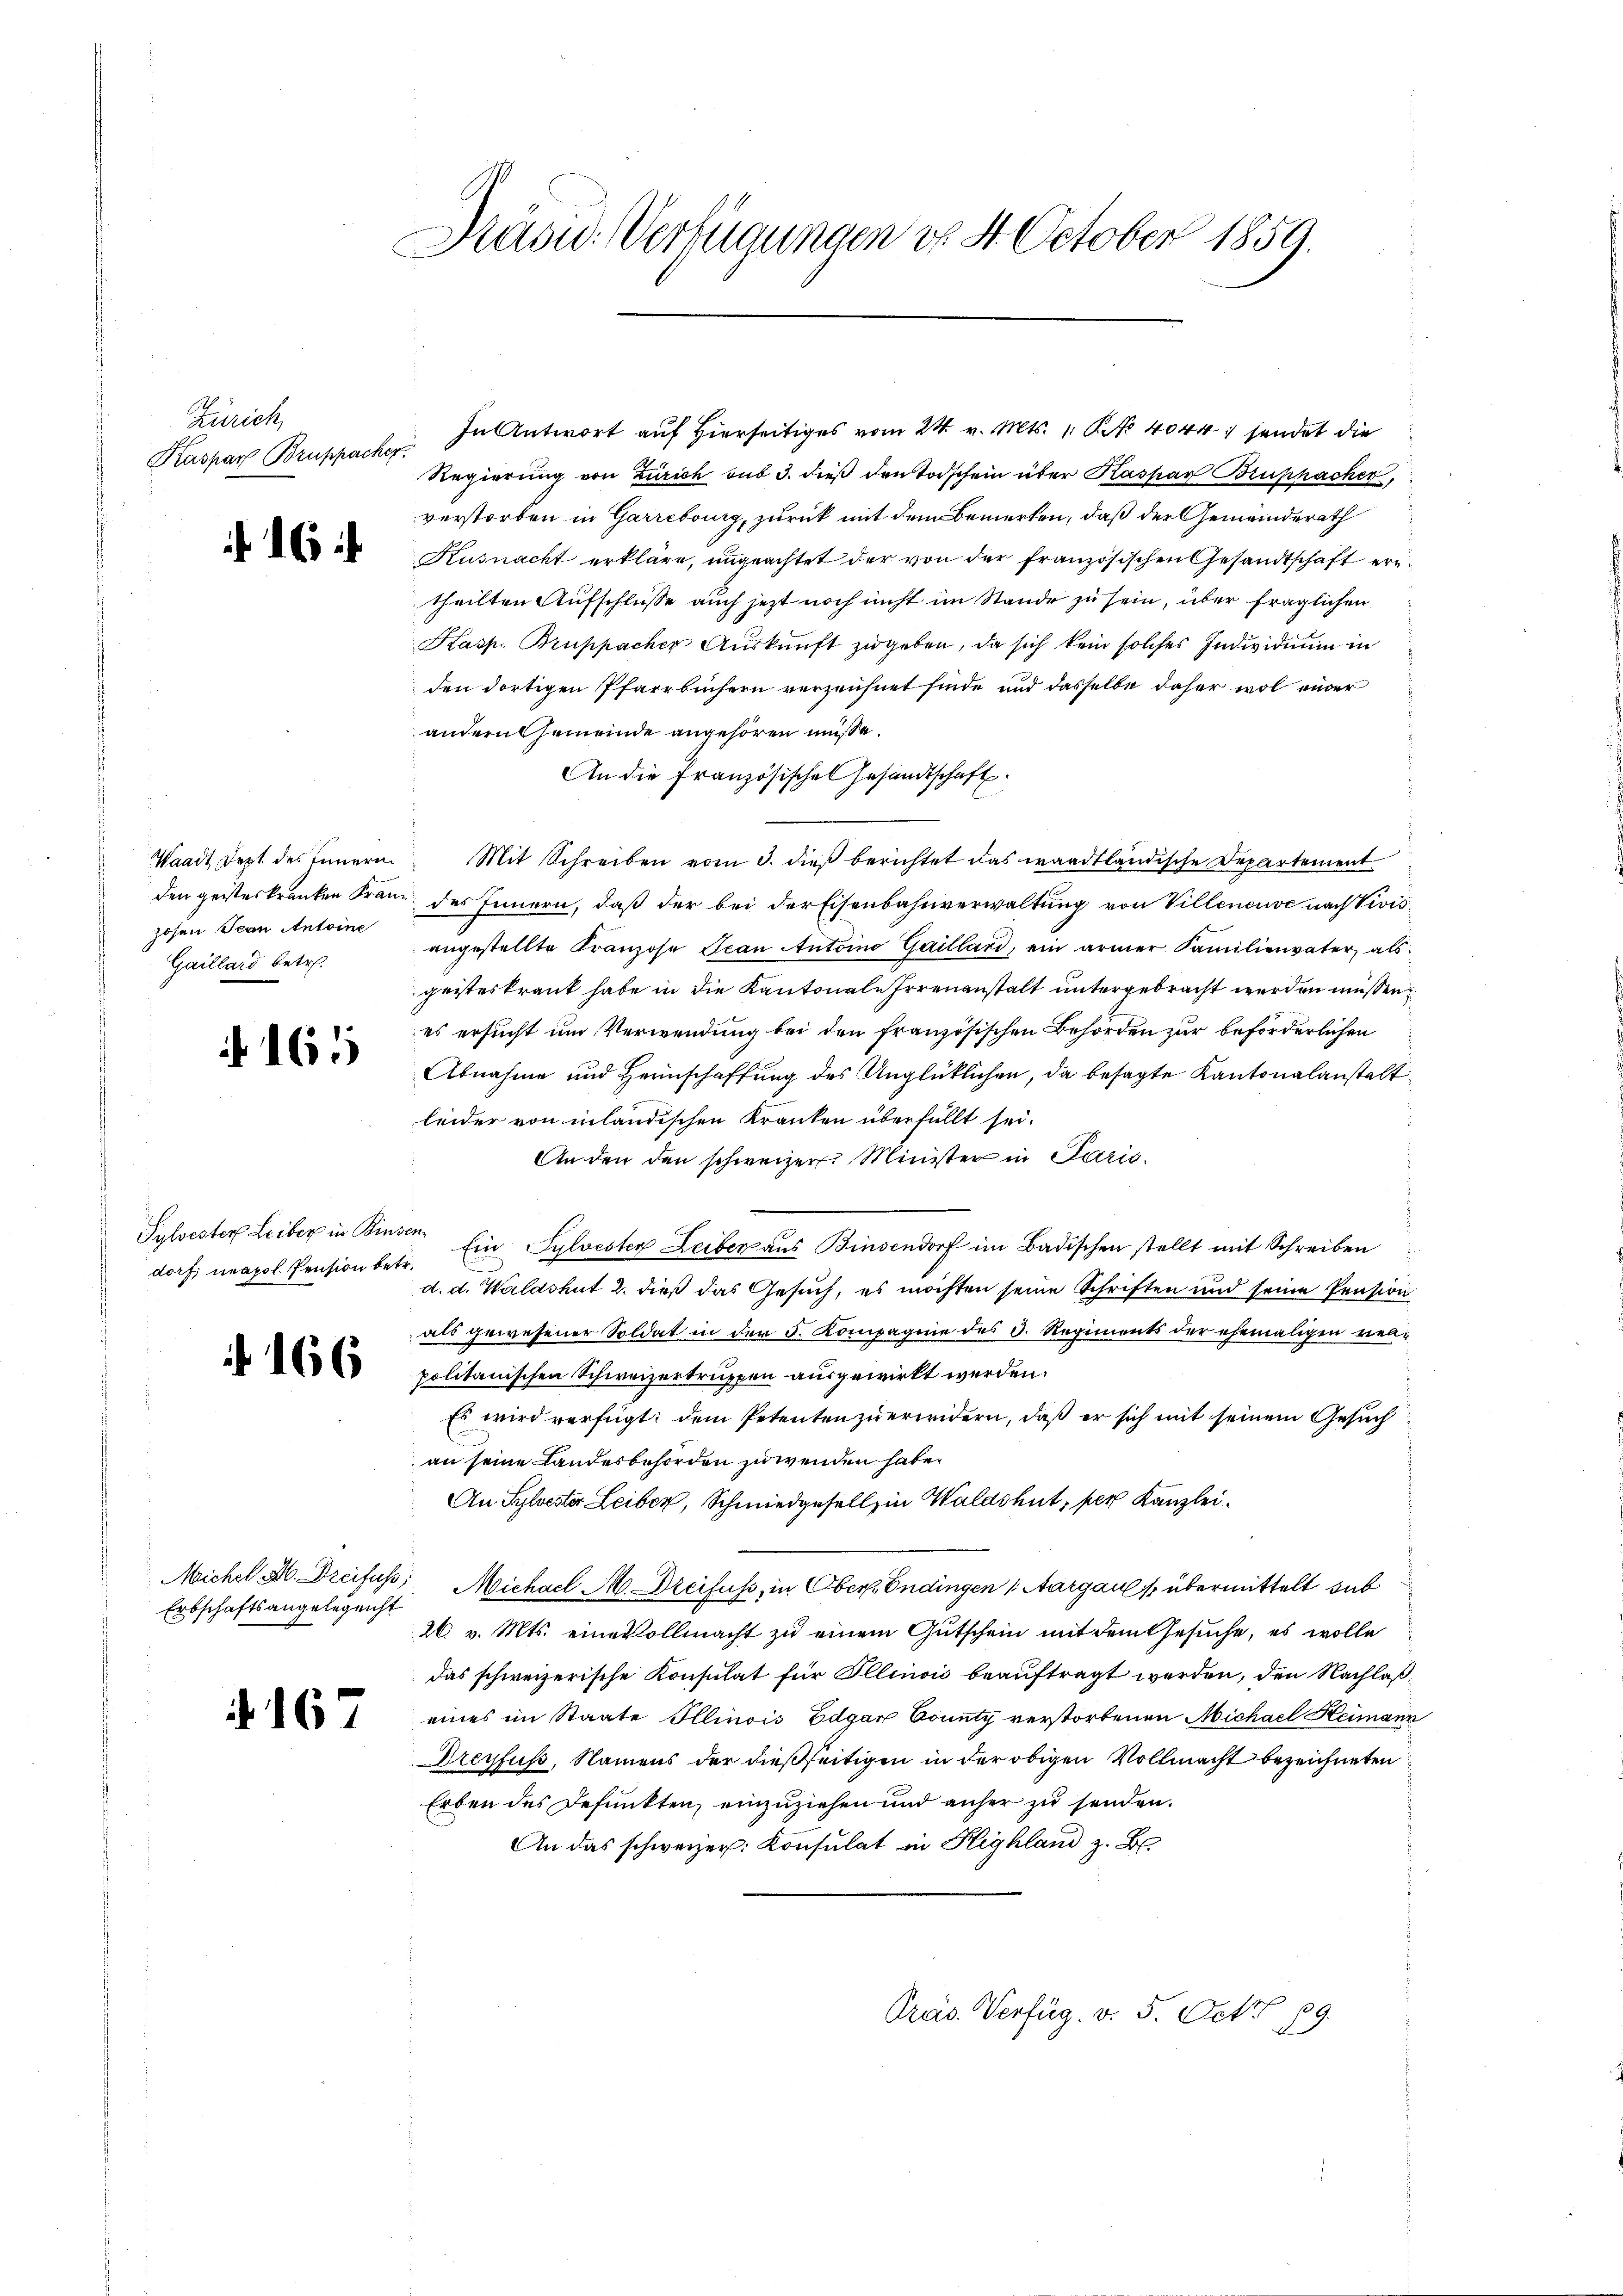
Zürich
Kaspar Bruppacher

16

Waadt, dept des Innern
den geisteskranken Franz
zosen Ican Antoine
Gaillard betr.

161

Sylvester Leiber in Bins
dorf neapol. Pension be¬

¬

166

Erbschaftsangelegenst

. 167

Rasu. Verfügungen dr. St. October 1859.

In Antwort auf Hierseitiges vom 24. v. Mts. 1. No 4044 sendet die
Regierung von Zürich sub 3. dieß den Todschein über Kaspar Bruphächer,
verstorben in Garrebourg, zurück mit dem Bemerken, daß der Gemeinderath
Küsnacht erkläre, ungeachtet der von der französischen Gesandtschaft ern
theilten Aufschlüße auch jetzt noch nicht im Stande zu sein, über fraglichen
Kasp. Bruppacher Aŭskŭnft zugeben, da sich kein solches Individuum in
den dortigen Pfarrbüsern verzeichnet finde und dasselbe daher wol einer
andern Gemeinde angehören müsse.
An die Französisches Gesandtschaft.
Mit Schreiben vom 3. dieß berichtet das waadtländische Departement
des Innern, daß der bei der Eisenbahnverwaltung von Villeneuve nach Vivisangestellte Kranzose Jean Antoino Gailland, ein armer Familienvater als
geisteskrank habe in die Kantonale Irrenanstalt untergebracht werden müssen
es ersucht um Verwendung bei den französischen Behörden zur beförderlichen
Abnahme und Heimschaffung des Unglücklichen, da besagte Kantonalanstalt
leider von inländischen Kranken überfüllt sei.
An den den schweizer Minister in Paris.
241.
Ein Sylvester Leiber aus Binsendorf im Badischen stellt mit Schreiben
a. a. Waldshut 2. dieß das Gesuch, es möchten seine Schriften und seine Pension
als gewesener Soldat in der 5. Kompagnie des D. Regiments der ehemaligen vielpolitanischen Schweizertruppen ausgewirkt werden.
Es wird verfügt dem Petenten zuerwidern, daß er sich mit seinem Gesuch
an seine Landesbehörden zuwenden habe.
An Sylvester Leiber, Schmiedgesell, in Waldshut, per Kanzlei.
Michel M. Dreifuss, Michael M. Dreifuss, in Ober. Endingen (Aargau übermittelt sub
26. v. Mts. eine vollmacht zu einem Gutschein mit dem Gesuche, es wolle
das schweizerische Konsulat für Illinois beauftragt werden, den Nachlaßeines im Staate Illinois Edgar County verstorbenen Michael Heimann
Dreyfuß, Namens der dießseitigen in der obigen Vollmacht bezeichneten
Erben des Defunkten, einzuziehen und anher zu senden.
An das schweizer: Consulat in Highland z. B.
Preis. Verfüg. v. 5. Oct. 19.